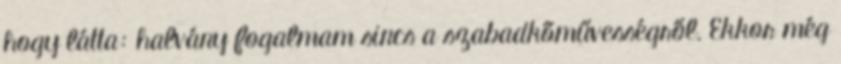
hogy látta: halvány fogalmam sincs a szabadkőműves­ségről. Ekkor még